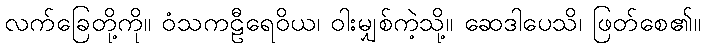
လက်ခြေတို့ကို။ ဝံသကဠီရေဝိယ၊ ဝါးမျှစ်ကဲ့သို့။ ဆေဒါပေသိ၊ ဖြတ်စေ၏။